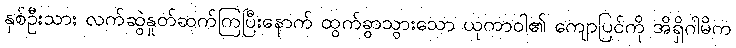
နှစ်ဦးသား လက်ဆွဲနှုတ်ဆက်ကြပြီးနောက် ထွက်ခွာသွားသော ယုကာဝါ၏ ကျောပြင်ကို အိရှိဂါမိက